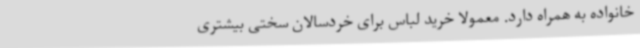
خانواده به همراه دارد. معمولا خرید لباس برای خردسالان سختی بیشتری